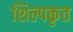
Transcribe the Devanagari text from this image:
शिल्पकृत